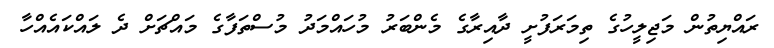
ރައްޔިތުން މަޖިލީހުގެ ތިމަރަފުށީ ދާއިރާގެ މެންބަރު މުހައްމަދު މުސްތަފާގެ މައްޗަށް ދެ ލައްކައެއްހާ